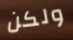
ولكن